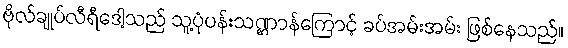
ဗိုလ်ချုပ်လီရီဒေါ့သည် သူ့ပုံပန်းသဏ္ဌာန်ကြောင့် ခပ်အမ်းအမ်း ဖြစ်နေသည်။